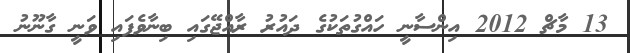
13 މާޗް 2012 އިންސާނީ ހައްގުތަކުގެ ދައުރު ރާއްޖޭގައި ބިނާވެފައި ވަނީ ގާނޫނު